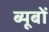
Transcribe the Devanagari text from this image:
ब्यूबों